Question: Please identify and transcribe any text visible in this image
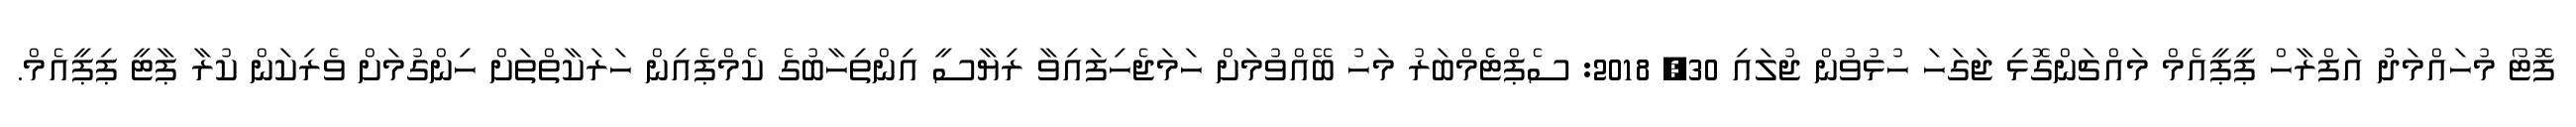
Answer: ފޮޓޯ މުހައްމަދުު އަފްރާހް ޕީޕީއެމް މައްޗަންގޮޅި ޖަގަހަ ހުޅުވުން ޖުލައި 30, 2018: ސެޕްޓެެމްބަރު މަހު ބޭއްވުމަށް ހަމަޖެހިފައިވާ ރިޔާސީ އިންތިހާބުގެ ކެމްޕެއިން ހަރަކާތްތަށް ހިންގުމަށް ވެރިކަން ކުރާ ޕާޓީ ޕިޕީއެމް.